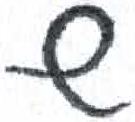
אות: ש